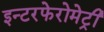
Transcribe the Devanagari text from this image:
इन्टरफेरोमेट्री